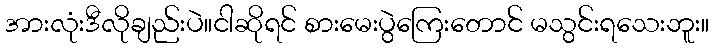
အားလုံးဒီလိုချည်းပဲ။ငါဆိုရင် စားမေးပွဲကြေးတောင် မသွင်းရသေးဘူး။